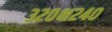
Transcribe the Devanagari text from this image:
३२०क्ष२४०